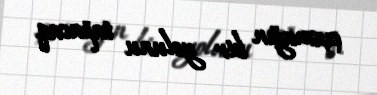
çıxmağın bir yolunu tapacaq.